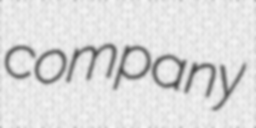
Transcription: company